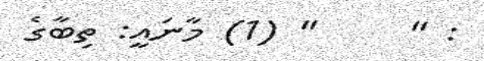
: "     " (1) މާނައީ: ތިބާގެ